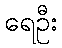
ရေဦး